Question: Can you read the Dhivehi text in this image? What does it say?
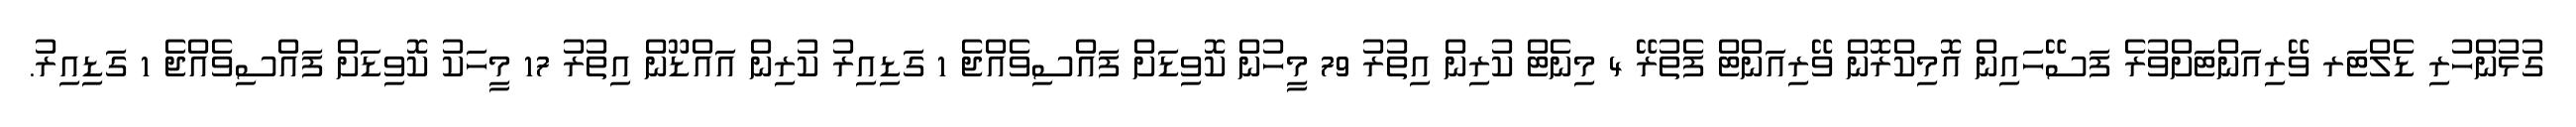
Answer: ގުޅުންހުރި ޑެލްޓަރ ވޭރިއަންޓަށްވުރެ ފަސޭހައިން އޮމިކްރޮން ވޭރިއަންޓް ފެތުރޭ 4 މިނެޓް ކުރިން އިތުރު 79 މީހުން ކޮވިޑަށް ފައްސިވެއްޖެ 1 ގަޑިއިރު ކުރިން އައްޑޫން އިތުރު 17 މީހަކު ކޮވިޑަށް ފައްސިވެއްޖެ 1 ގަޑިއިރު.